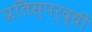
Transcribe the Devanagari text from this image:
प्रतिस्‍पर्द्धी